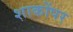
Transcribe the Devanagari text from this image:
शाकोंपर